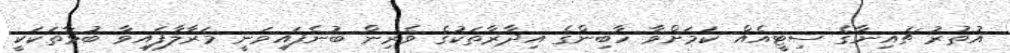
އުތުރު ޗައިނާގެ ސިޓީއެއް ކަމަށްވާ ހާބިންގެ އިދާރާތަކުގެ ވެރިން ބުނެފައިވަނީ މަރާލާފައިވާ ބުޅާތަކަކީ